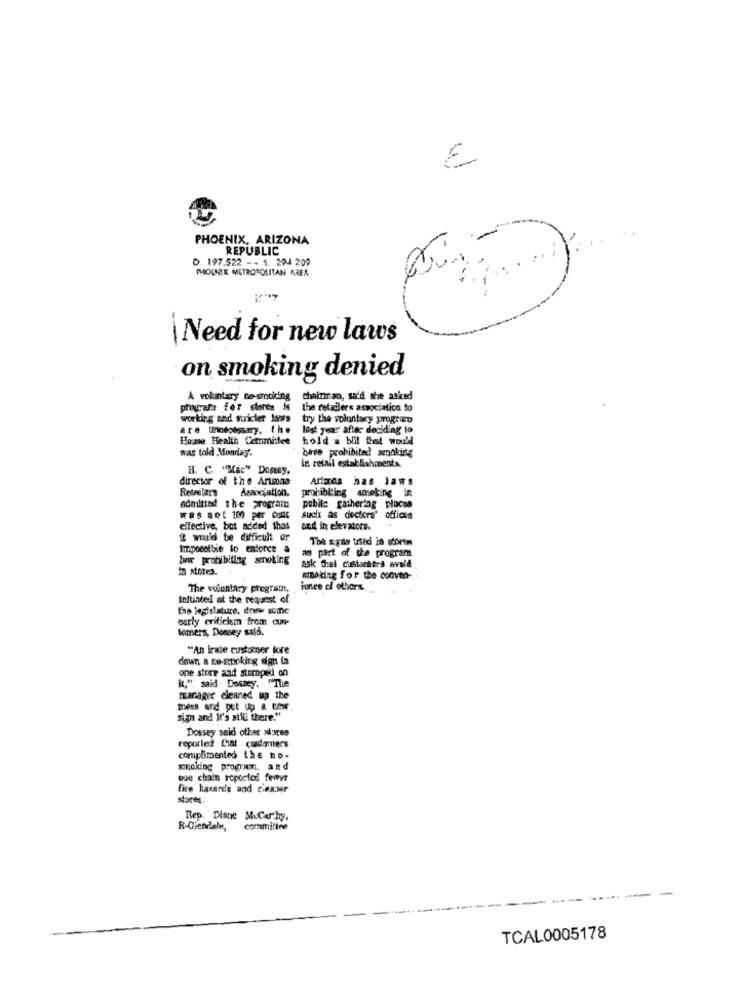
€
-
PHOENIX, ARIZONA
REPUBLIC
D. 197.522 -- S. 204 209
PHOENIX METROPOLITAN AREA
Need for new laws
on smoking denied
A vokintary no-smoking
chairman, said she asked
programa for stores ie
the retailers associalica to
working and stricter laws
try the voluntary progrico
are Rindolosary, the
last year' after deciding to
House Health Committee
hold a bill that would
was told Monday".
bare prohibited smoking
H. C. ""Mac" Dosesy.
in retail establishments
director of the Artmaa
Arimas has Jaws
Retailers Association.
prohibiting ameking In
admitted the program
pubile gathering placas
was met 100 per cont
such as deciere' offices
effective, bet added that
and in elevators.
i would be difficult or
The E'yily used in stortw
Impocolbie lo enforce &
as part of the program
law prohibiting smoking
In atotes.
ask thal custarttrs avale
smoking for the conven-
The voluntary program,
ince of others
initiated at the request of
the legislature, drew some
carly criticism from cun-
Somers, Dossey sald.
"An irate customer tore
down a re-striking sign ta
one store and stomped on
I,", said Dossey. "The
manager cleaned up the
mess ard put up a tew
sign and It's stiu there."
Dossey said other sloten
reported that customers
complimented the mo-
smoking program. and
ose chain reported femyt
fire hasards and cleaner
storeg.
Rep. Diane Mccarthy,
R-Giendale, commiline
------
TCAL0005178